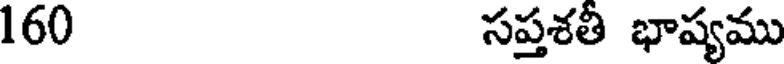
160 సప్తశతీ భాష్యము